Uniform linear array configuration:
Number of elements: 12
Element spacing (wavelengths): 1
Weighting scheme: hamming
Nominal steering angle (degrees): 15
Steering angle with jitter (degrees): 14.156
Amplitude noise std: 0.05
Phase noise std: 0.05

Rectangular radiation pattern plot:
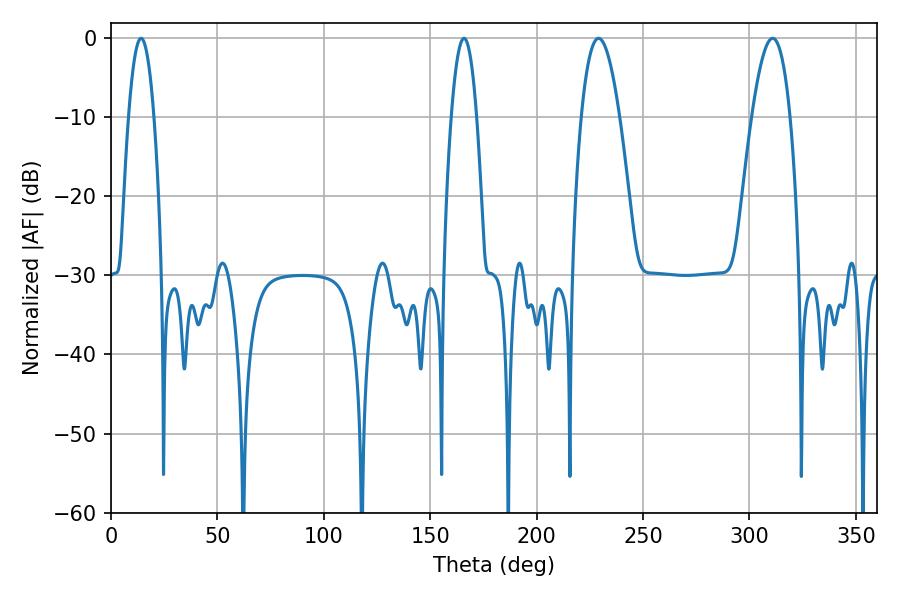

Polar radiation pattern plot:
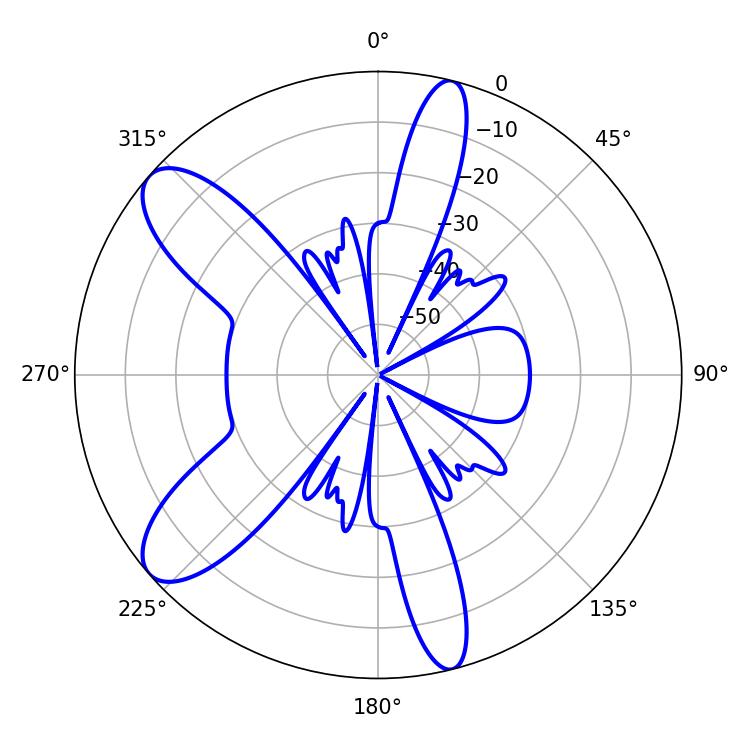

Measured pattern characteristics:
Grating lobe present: TRUE
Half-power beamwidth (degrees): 9.9
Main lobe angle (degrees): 229.14